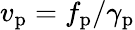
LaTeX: v_{\mathrm{p}}=f_{\mathrm{p}}/\gamma_{\mathrm{p}}